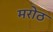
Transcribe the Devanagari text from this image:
मरोठ